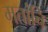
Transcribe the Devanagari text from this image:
मतांचि